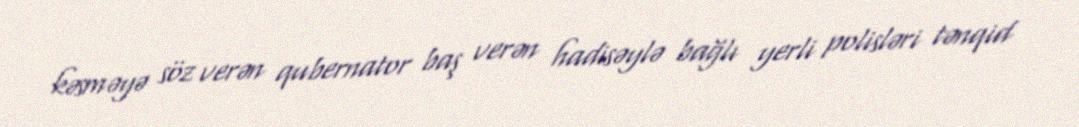
kəsməyə söz verən qubernator baş verən hadisəylə bağlı yerli polisləri tənqid